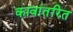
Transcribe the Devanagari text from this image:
कावांतरित